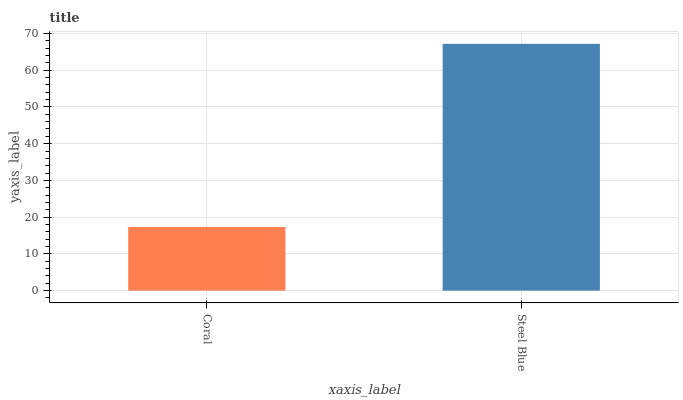
| xaxis_label | bars |
 | --- | --- |
 | Coral | 17.3 |
 | Steel Blue | 67.2 |